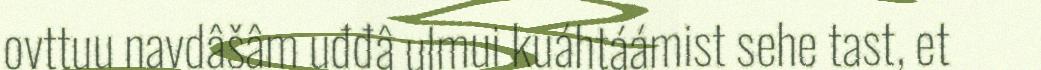
ovttuu navdâšâm uđđâ ulmui kuáhtáámist sehe tast, et